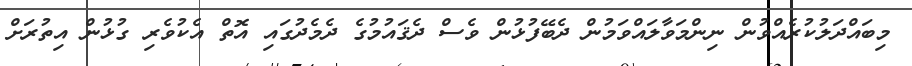
މިބައްދަލުކުރެއްވުން ނިންމަވާލައްވަމުން ދެބޭފުޅުން ވެސް ދެޤައުމުގެ ދެމެދުގައި އޮތް އެކުވެރި ގުޅުން އިތުރަށް